Report on the lunatic asylums under the Government of Bombay - 1904-1913
Year: 1904
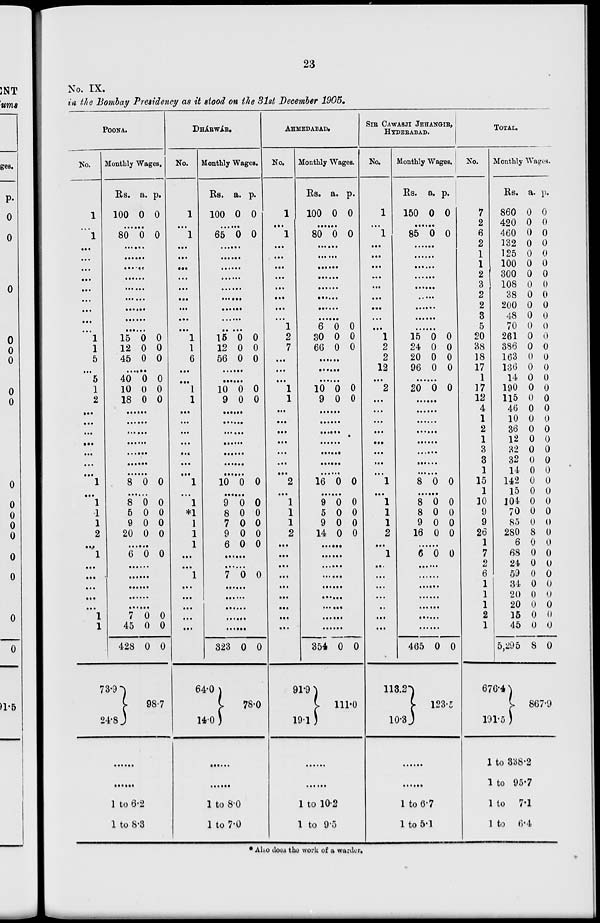
23
No. IX.
in the Bombay Presidency as it stood on the 31st December 1905.
POONA.
No.
1
...
1
...
...
...
...
...
...
...
...
...
1
1
5
...
5
1
2
...
...
...
...
...
...
...
1
...
1
1
1
2
...
1
...
...
...
...
...
1
1
Monthly Wages,
Rs.
100
a.
0
p.
0
......
80 0 0
......
......
......
......
......
......
......
......
......
15
12
45
0
0
0
0
0
0
......
40
10
18
0
0
0
0
0
0
......
......
......
......
......
......
......
8 0 0
......
8
5
9
20
0
0
0
0
0
0
0
0
......
6 0 0
......
......
......
......
......
7
45
428
73.9
24.8
0
0
0
0
0
0
98.7
......
......
1 to 6.2
1 to 8.3
DHÁRWÁR.
No.
1
...
1
...
...
...
...
...
...
...
...
...
1
1
6
...
...
1
1
...
...
...
...
...
...
...
1
...
1
*1
1
1
1
...
...
1
...
...
...
...
...
Monthly Wages.
Rs.
100
a.
0
p.
0
......
65 0 0
......
......
......
......
......
......
......
......
.....
15
12
56
0
0
0
0
0
0
......
......
10
9
0
0
0
0
......
......
......
......
......
......
......
10 0 0
......
9
8
7
9
6
0
0
0
0
0
0
0
0
0
0
......
......
7 0 0
......
......
......
......
...
323
64.0
14.0
0 0
78.0
......
......
1 to 8.0
1 to 7.0
AHMEDABAD.
No.
1
...
1
...
...
...
...
...
...
...
...
1
2
7
...
...
...
1
1
...
...
...
...
...
...
...
2
...
1
1
1
2
...
...
...
...
...
...
...
...
...
Monthly Wages.
Rs.
100
a.
0
p.
0
......
80 0 0
......
......
......
......
......
......
......
......
6
30
66
0
0
0
0
0
0
......
......
......
10
9
0
0
0
0
......
......
......
......
......
......
......
16 0 0
......
9
5
9
14
0
0
0
0
0
0
0
0
......
......
......
......
......
......
......
......
......
354
91.9
19.1
0 0
111.0
......
......
1 to 10.2
1 to 9.5
SIR CAWASJI JEHANGIR,
HYDERABAD.
No.
1
...
1
...
...
...
...
...
...
...
...
...
1
2
2
12
...
2
...
...
...
...
...
...
...
...
1
...
1
1
1
2
...
1
...
...
...
...
...
...
...
Monthly Wages.
Rs.
150
a.
0
p.
0
......
85 0 0
......
......
......
......
......
......
......
......
......
15
24
20
96
0
0
0
0
0
0
0
0
......
20 0 0
......
......
......
......
......
......
......
......
8 0 0
......
8
8
9
16
0
0
0
0
0
0
0
0
......
6 0 0
......
......
......
......
......
......
......
465
113.2
10.3
0 0
123.5
......
......
1 to 6.7
1 to 5.1
TOTAL.
No.
7
2
6
2
1
1
2
3
2
2
3
5
20
38
18
17
1
17
12
4
1
2
1
3
3
1
15
1
10
9
9
26
1
7
2
6
1
1
1
2
1
Monthly Wages.
Rs.
860
420
460
132
125
100
300
108
38
200
48
70
261
386
163
136
14
190
115
46
10
36
12
32
32
14
142
15
104
70
85
280
6
68
24
59
34
20
20
15
45
5,295
676.4
191.5
a.
0
0
0
0
0
0
0
0
0
0
0
0
0
0
0
0
0
0
0
0
0
0
0
0
0
0
0
0
0
0
0
8
0
0
0
0
0
0
0
0
0
8
p.
0
0
0
0
0
0
0
0
0
0
0
0
0
0
0
0
0
0
0
0
0
0
0
0
0
0
0
0
0
0
0
0
0
0
0
0
0
0
0
0
0
0
867.9
1 to 338.2
1 to 95.7
1 to
7.1
1 to
6.4
* Also does the work of a warder.